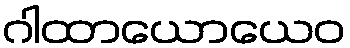
ဂါထာယောယေဝ